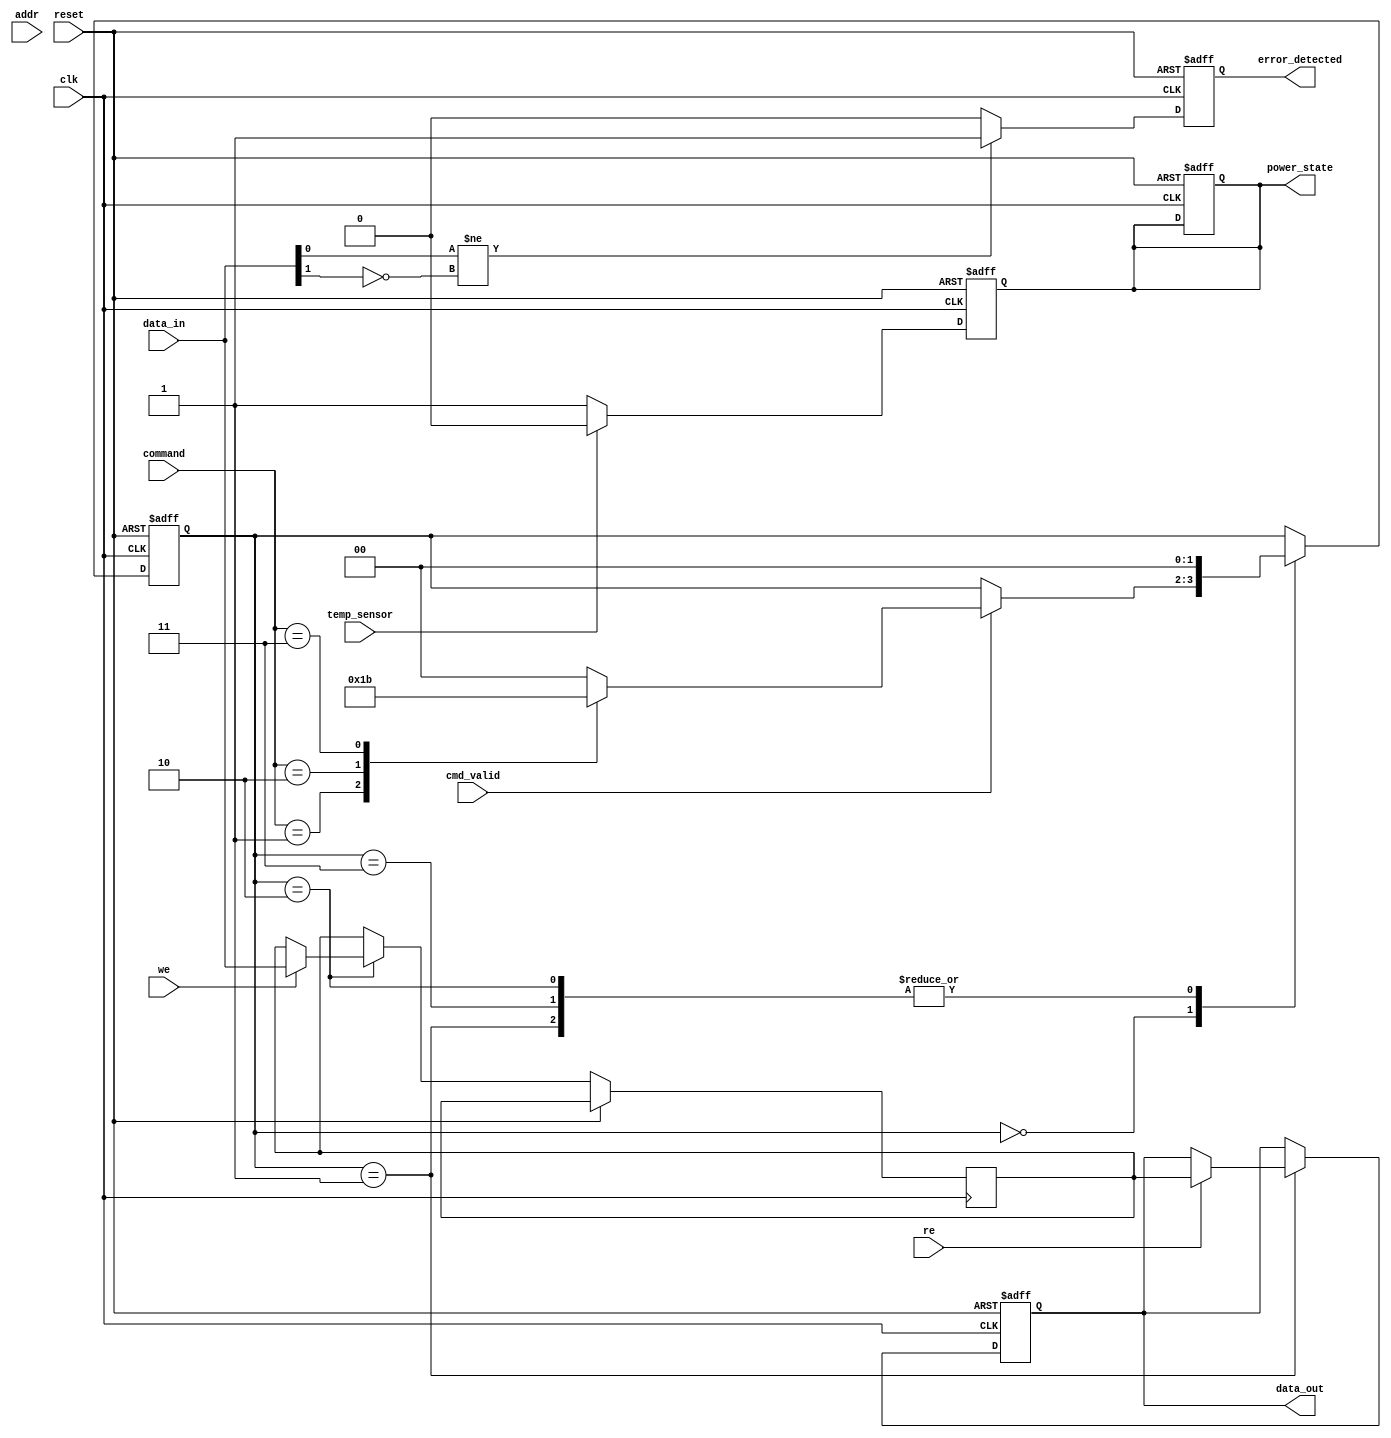
module IO_Block_3D_DRAM (
    input wire clk,                        // Clock signal
    input wire reset,                      // Reset signal
    input wire [31:0] data_in,            // Data input
    output reg [31:0] data_out,           // Data output
    input wire [15:0] addr,                // Address input
    input wire we,                         // Write enable
    input wire re,                         // Read enable
    input wire cmd_valid,                  // Command valid
    input wire [3:0] command,              // Command type (read, write, refresh)
    output reg error_detected,             // Error status
    input wire temp_sensor,                // Temperature sensor input
    output reg power_state                 // Power management state
);

// Parameters
parameter IDLE        = 2'b00,           // State IDLE
          READ        = 2'b01,           // State READ
          WRITE       = 2'b10,           // State WRITE
          REFRESH     = 2'b11;           // State REFRESH
          
// State variables
reg [1:0] state;
reg [31:0] buffer;                       // Data buffer
reg [31:0] err_correction;               // Error correction register

// Error detection and correction (ECC)
always @(posedge clk or posedge reset) begin
    if (reset) begin
        error_detected <= 0;
    end else begin
        // Simple ECC simulation
        if (data_in[0] != ~data_in[1]) begin // Example check
            error_detected <= 1; // Just a dummy condition
            err_correction <= data_in ^ 32'hFFFFFFFF; // Dummy correction
        end else begin
            error_detected <= 0; // No error
        end
    end
end

// Command interface and state machine
always @(posedge clk or posedge reset) begin
    if (reset) begin
        state <= IDLE;
        data_out <= 0;
        power_state <= 1; // Assume active state
    end else begin
        case (state)
            IDLE: begin
                if (cmd_valid) begin
                    case (command)
                        4'b0001: state <= READ; // Read Command
                        4'b0010: state <= WRITE; // Write Command
                        4'b0011: state <= REFRESH; // Refresh Command
                        default: state <= IDLE;
                    endcase
                end
            end
            READ: begin
                if (re) begin
                    // Read operation example
                    data_out <= buffer; // Write buffered data to output
                end
                state <= IDLE;
            end
            WRITE: begin
                if (we) begin
                    // Write operation example
                    buffer <= data_in; // Buffer incoming data
                end
                state <= IDLE;
            end
            REFRESH: begin
                // Refresh logic (placeholder)
                // The actual logic would need to handle memory cells
                state <= IDLE;
            end
            default: state <= IDLE;
        endcase
    end
end

// Power management (simple example)
always @(posedge clk or posedge reset) begin
    if (reset) begin
        power_state <= 1; // Active
    end else begin
        // Simple power state management
        if (temp_sensor) power_state <= 0; // Transition to sleep if temperature is high
        else power_state <= 1; // Active state otherwise
    end
end

endmodule